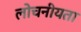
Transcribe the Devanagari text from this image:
लोचनीयता